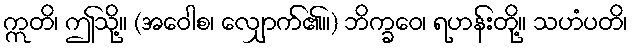
ဣတိ၊ ဤသို့။ (အဝေါစ၊ လျှောက်၏။) ဘိက္ခဝေ၊ ရဟန်းတို့။ သဟံပတိ၊